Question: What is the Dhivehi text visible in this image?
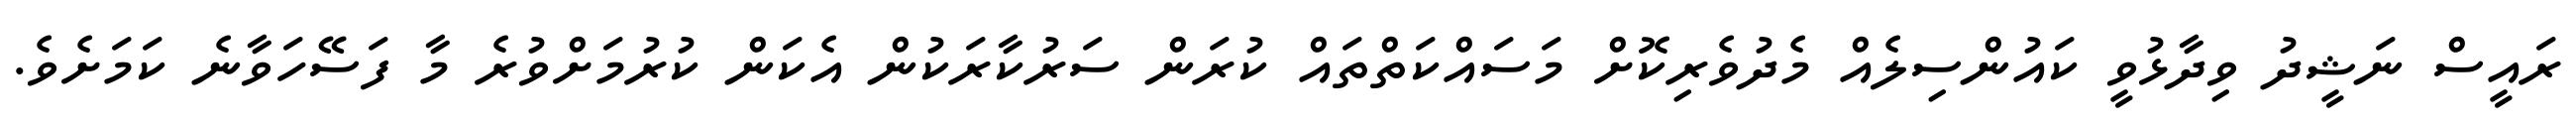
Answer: ރައީސް ނަޝީދު ވިދާޅުވީ ކައުންސިލެއް މެދުވެރިކޮށް މަސައްކަތްތައް ކުރަން ސަރުކާރަކުން އެކަން ކުރުމަށްވުރެ މާ ފަސޭހަވާނެ ކަމަށެވެ.